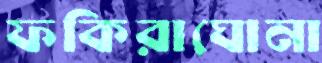
ফকিরাঘোনা